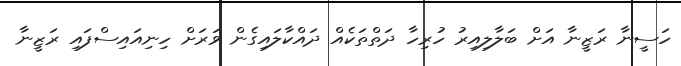
ހަސީނާ ރަޒީނާ އަށް ބަލާލިއިރު ހުރިހާ ދަތްތަކެއް ދައްކާލައިގެން ވަރަށް ހިނިއައިސްފައި ރަޒީނާ